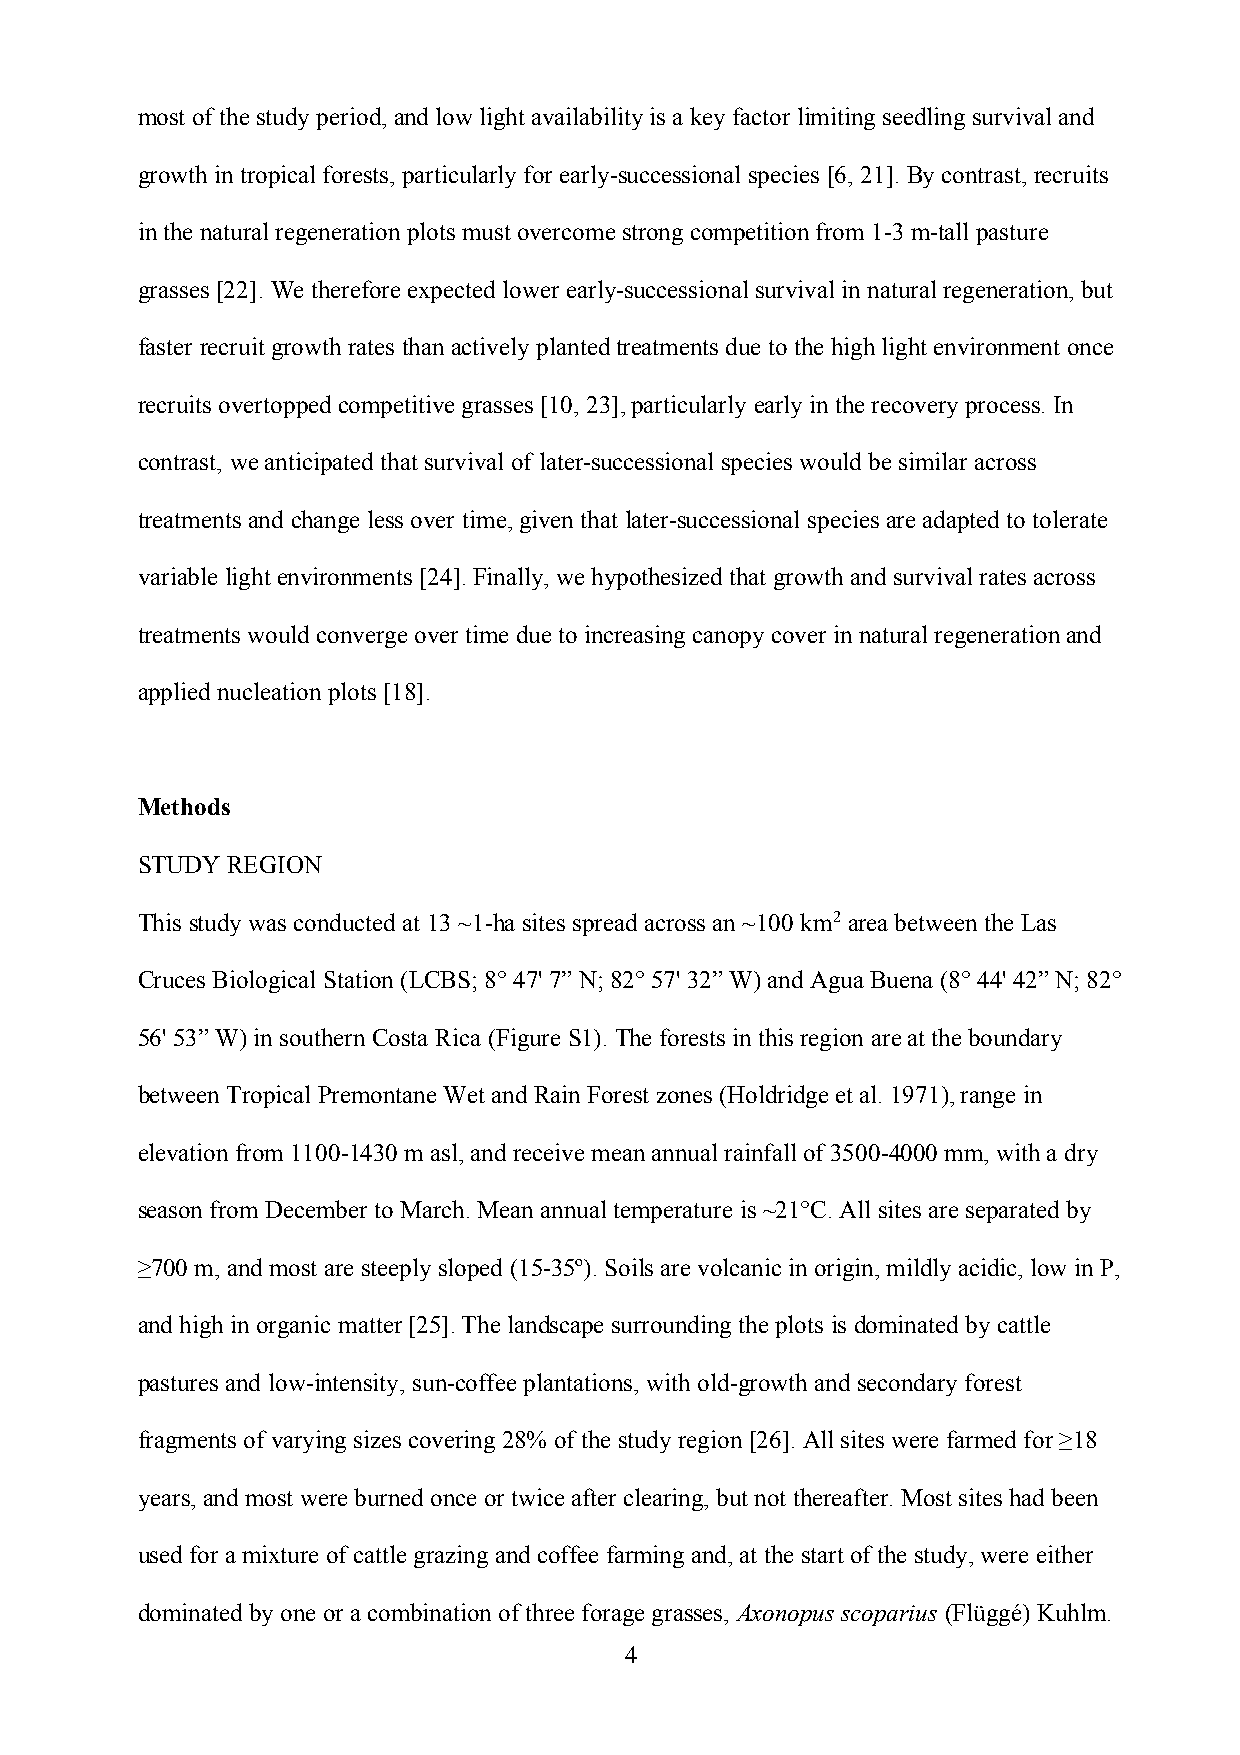
most of the study period, and low light availability is a key factor limiting seedling survival and
 growth in tropical forests, particularly for early-successional species [6, 21]. By contrast, recruits
 in the natural regeneration plots must overcome strong competition from 1-3 m-tall pasture
 grasses [22]. We therefore expected lower early-successional survival in natural regeneration, but
 faster recruit growth rates than actively planted treatments due to the high light environment once
 recruits overtopped competitive grasses [10, 23], particularly early in the recovery process. In
 contrast, we anticipated that survival of later-successional species would be similar across
 treatments and change less over time, given that later-successional species are adapted to tolerate
 variable light environments [24]. Finally, we hypothesized that growth and survival rates across
 treatments would converge over time due to increasing canopy cover in natural regeneration and
 applied nucleation plots [18].
 Methods
 STUDY REGION
 This study was conducted at 13 ~1-ha sites spread across an ~100 km2 area between the Las
 Cruces Biological Station (LCBS; 8° 47' 7” N; 82° 57' 32” W) and Agua Buena (8° 44' 42” N; 82°
 56' 53” W) in southern Costa Rica (Figure S1). The forests in this region are at the boundary
 between Tropical Premontane Wet and Rain Forest zones (Holdridge et al. 1971), range in
 elevation from 1100-1430 m asl, and receive mean annual rainfall of 3500-4000 mm, with a dry
 season from December to March. Mean annual temperature is ~21°C. All sites are separated by
 ≥700 m, and most are steeply sloped (15-35º). Soils are volcanic in origin, mildly acidic, low in P,
 and high in organic matter [25]. The landscape surrounding the plots is dominated by cattle
 pastures and low-intensity, sun-coffee plantations, with old-growth and secondary forest
 fragments of varying sizes covering 28% of the study region [26]. All sites were farmed for ≥18
 years, and most were burned once or twice after clearing, but not thereafter. Most sites had been
 used for a mixture of cattle grazing and coffee farming and, at the start of the study, were either
 dominated by one or a combination of three forage grasses, Axonopus scoparius (Flüggé) Kuhlm.
 4